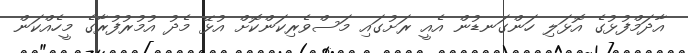
އާދަމްފުޅުގެ އޮޅަލި ހަންގަނޑުން އެއީ ރަށުގައި މަސްވެރިކަންކޮށް އުޅޭ މެދު އުމުރުފުރާގެ މީހެއްކަން